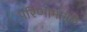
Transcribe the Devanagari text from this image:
परिणामामूळे